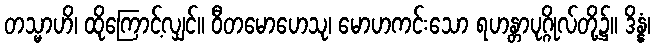
တသ္မာဟိ၊ ထိုကြောင့်လျှင်။ ဝီတမောဟေသု၊ မောဟကင်းသော ရဟန္တာပုဂ္ဂိုလ်တို့၌။ ဒိန္နံ၊